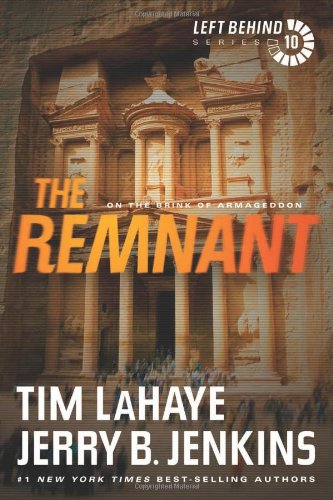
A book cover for The Remnant: On the Brink of Armageddon (Left Behind); Tim LaHaye; Christian Books & Bibles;